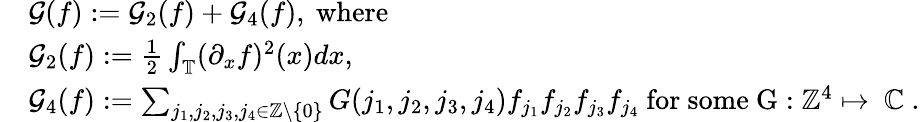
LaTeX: \begin{array}{rl}&{\mathcal{G}(f):=\mathcal{G}_{2}(f)+\mathcal{G}_{4}(f),\mathrm{~where~}}\\ &{\mathcal{G}_{2}(f):=\frac{1}{2}\int_{\mathbb{T}}(\partial_{x}f)^{2}(x)dx,}\\ &{\mathcal{G}_{4}(f):=\sum_{\substack{j_{1},j_{2},j_{3},j_{4}\in\mathbb{Z}\backslash\left\{ 0\right\} }}G({j_{1},j_{2},j_{3},j_{4}})f_{j_{1}}f_{j_{2}}f_{j_{3}}f_{j_{4}}\mathrm{~for~some~G:\mathbb{Z}^4\mapsto~\mathbb{C}~}.}\end{array}